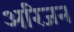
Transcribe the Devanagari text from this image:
अरिजन